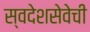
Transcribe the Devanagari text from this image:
स्वदेशसेवेची